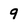
Character: 9